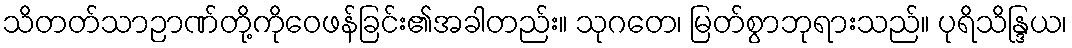
သိတတ်သာဉာဏ်တို့ကိုဝေဖန်ခြင်း၏အခါတည်း။ သုဂတေ၊ မြတ်စွာဘုရားသည်။ ပုရိသိန္ဒြယ၊